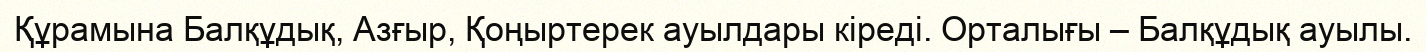
Құрамына Балқұдық, Азғыр, Қоңыртерек ауылдары кіреді. Орталығы – Балқұдық ауылы.